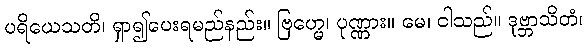
ပရိယေသတိ၊ ရှာ၍ပေးရမည်နည်း။ ဗြဟ္မေ၊ ပုဏ္ဏား။ မေ၊ ငါသည်။ ဒုဗ္ဘာသိတံ၊